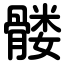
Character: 髅